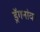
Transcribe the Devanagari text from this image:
ड्रॅगनांवर